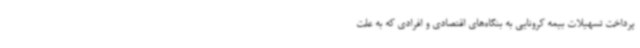
پرداخت تسهیلات بیمه کرونایی به بنگاه‌های اقتصادی و افرادی که به علت